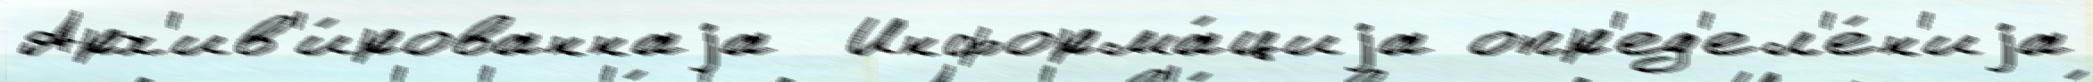
Арх'ив'и́рованнаjа  Информа́циjа опр'ед'ел'е́н'иjа